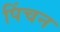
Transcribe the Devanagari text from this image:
पिंचन